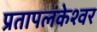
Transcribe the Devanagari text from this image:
प्रतापलंकेश्वर